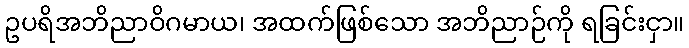
ဥပရိအဘိညာဝိဂမာယ၊ အထက်ဖြစ်သော အဘိညာဉ်ကို ရခြင်းငှာ။